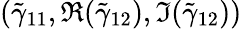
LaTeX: (\tilde{\gamma}_{11},\Re(\tilde{\gamma}_{12}),\Im(\tilde{\gamma}_{12}))